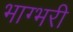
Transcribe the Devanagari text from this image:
भाग्भरी